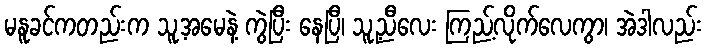
မနူခင်ကတည်းက သူ့အမေနဲ့ ကွဲပြီး နေပြီ၊ သူ့ညီလေး ကြည့်လိုက်လေကွာ၊ အဲဒါလည်း